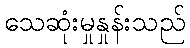
သေဆုံးမှုနှုန်းသည်